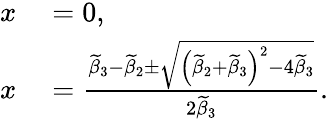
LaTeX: \begin{array}{rl}{x}&{{}=0,}\\ {x}&{{}=\frac{\widetilde{\beta}_{3}-\widetilde{\beta}_{2}\pm\sqrt{\left(\widetilde{\beta}_{2}+\widetilde{\beta}_{3}\right)^{2}-4\widetilde{\beta}_{3}}}{2\widetilde{\beta}_{3}}.}\end{array}